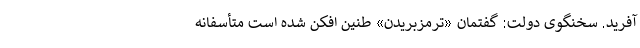
آفرید. سخنگوی دولت: گفتمان «ترمزبریدن» طنین ‌افکن شده است متأسفانه